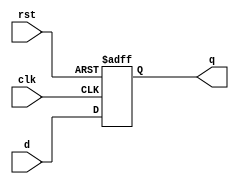
`timescale 1ns / 1ps
//////////////////////////////////////////////////////////////////////////////////
// Company: 
// Engineer: 
// 
// Design Name: 
// Module Name: d_flipflop
// Project Name: 
// Target Devices: 
// Tool Versions: 
// Description: 
// 
// Dependencies: 
// 
// Revision:
// Revision 0.01 - File Created
// Additional Comments:
// 
//////////////////////////////////////////////////////////////////////////////////


module d_flipflop (
  input clk,    // clock input
  input d,      // data input
  input rst,    // asynchronous reset input
  output reg q  // output
);

  always @(posedge clk or negedge rst) begin
    if (!rst) // asynchronous reset
      q <= 1'b0;
    else // normal operation
      q <= d;
  end

endmodule